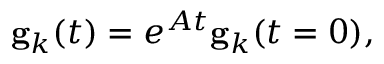
\begin{array} { r } { \mathbf { g } _ { k } ( t ) = e ^ { A t } \mathbf { g } _ { k } ( t = 0 ) , } \end{array}